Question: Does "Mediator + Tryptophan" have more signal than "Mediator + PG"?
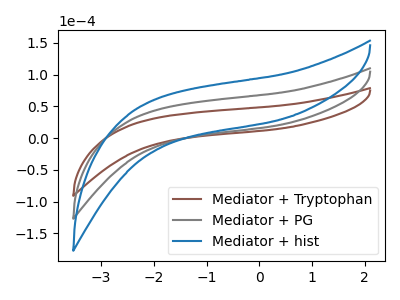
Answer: <think>The brown curve "Mediator + Tryptophan" has no peaks. The gray curve "Mediator + PG" has no peaks. The blue curve "Mediator + hist" has no peaks.
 Neither "Mediator + Tryptophan" or "Mediator + PG" have any peaks.</think>
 <answer>I cant tell if "Mediator + Tryptophan" or "Mediator + PG" has more signal.</answer>
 <eval>mixed_signal</eval>